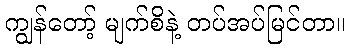
ကျွန်တော့် မျက်စိနဲ့ တပ်အပ်မြင်တာ။